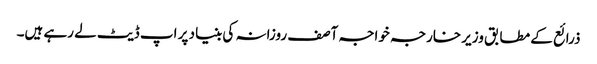
ذرائع کے مطابق وزیر خارجہ خواجہ آصف روزانہ کی بنیاد پر اپ ڈیٹ لے رہے ہیں۔